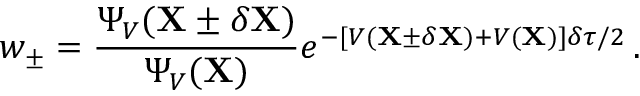
w _ { \pm } = \frac { \Psi _ { V } ( \mathbf { X } \pm \delta \mathbf { X } ) } { \Psi _ { V } ( \mathbf { X } ) } e ^ { - [ V ( \mathbf { X } \pm \delta \mathbf { X } ) + V ( \mathbf { X } ) ] \delta \tau / 2 } \, .